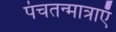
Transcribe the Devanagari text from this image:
पंचतन्मात्राएँ